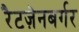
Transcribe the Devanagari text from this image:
रैटज़ेनबर्गर